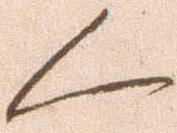
く